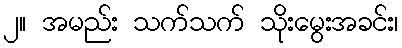
၂။ အမည်း သက်သက် သိုးမွေးအခင်း၊